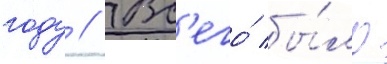
году // Вс'его́ бы́ло